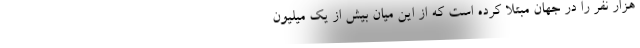
هزار نفر را در جهان مبتلا کرده است که از این میان بیش از یک میلیون